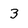
Character: 3